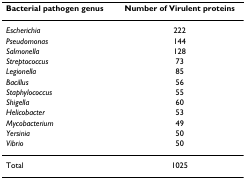
<table><thead><tr><td><b>Bacterial pathogen genus</b></td><td><b>Number of Virulent proteins</b></td></tr></thead><tbody><tr><td><i>Escherichia</i></td><td>222</td></tr><tr><td><i>Pseudomonas</i></td><td>144</td></tr><tr><td><i>Salmonella</i></td><td>128</td></tr><tr><td><i>Streptococcus</i></td><td>73</td></tr><tr><td><i>Legionella</i></td><td>85</td></tr><tr><td><i>Bacillus</i></td><td>56</td></tr><tr><td><i>Staphylococcus</i></td><td>55</td></tr><tr><td><i>Shigella</i></td><td>60</td></tr><tr><td><i>Helicobacter</i></td><td>53</td></tr><tr><td><i>Mycobacterium</i></td><td>49</td></tr><tr><td><i>Yersinia</i></td><td>50</td></tr><tr><td><i>Vibrio</i></td><td>50</td></tr><tr><td>Total</td><td>1025</td></tr></tbody></table>